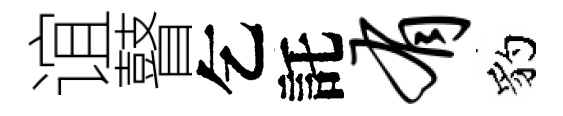
谊瞽乞託有豹